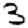
Digit: 3